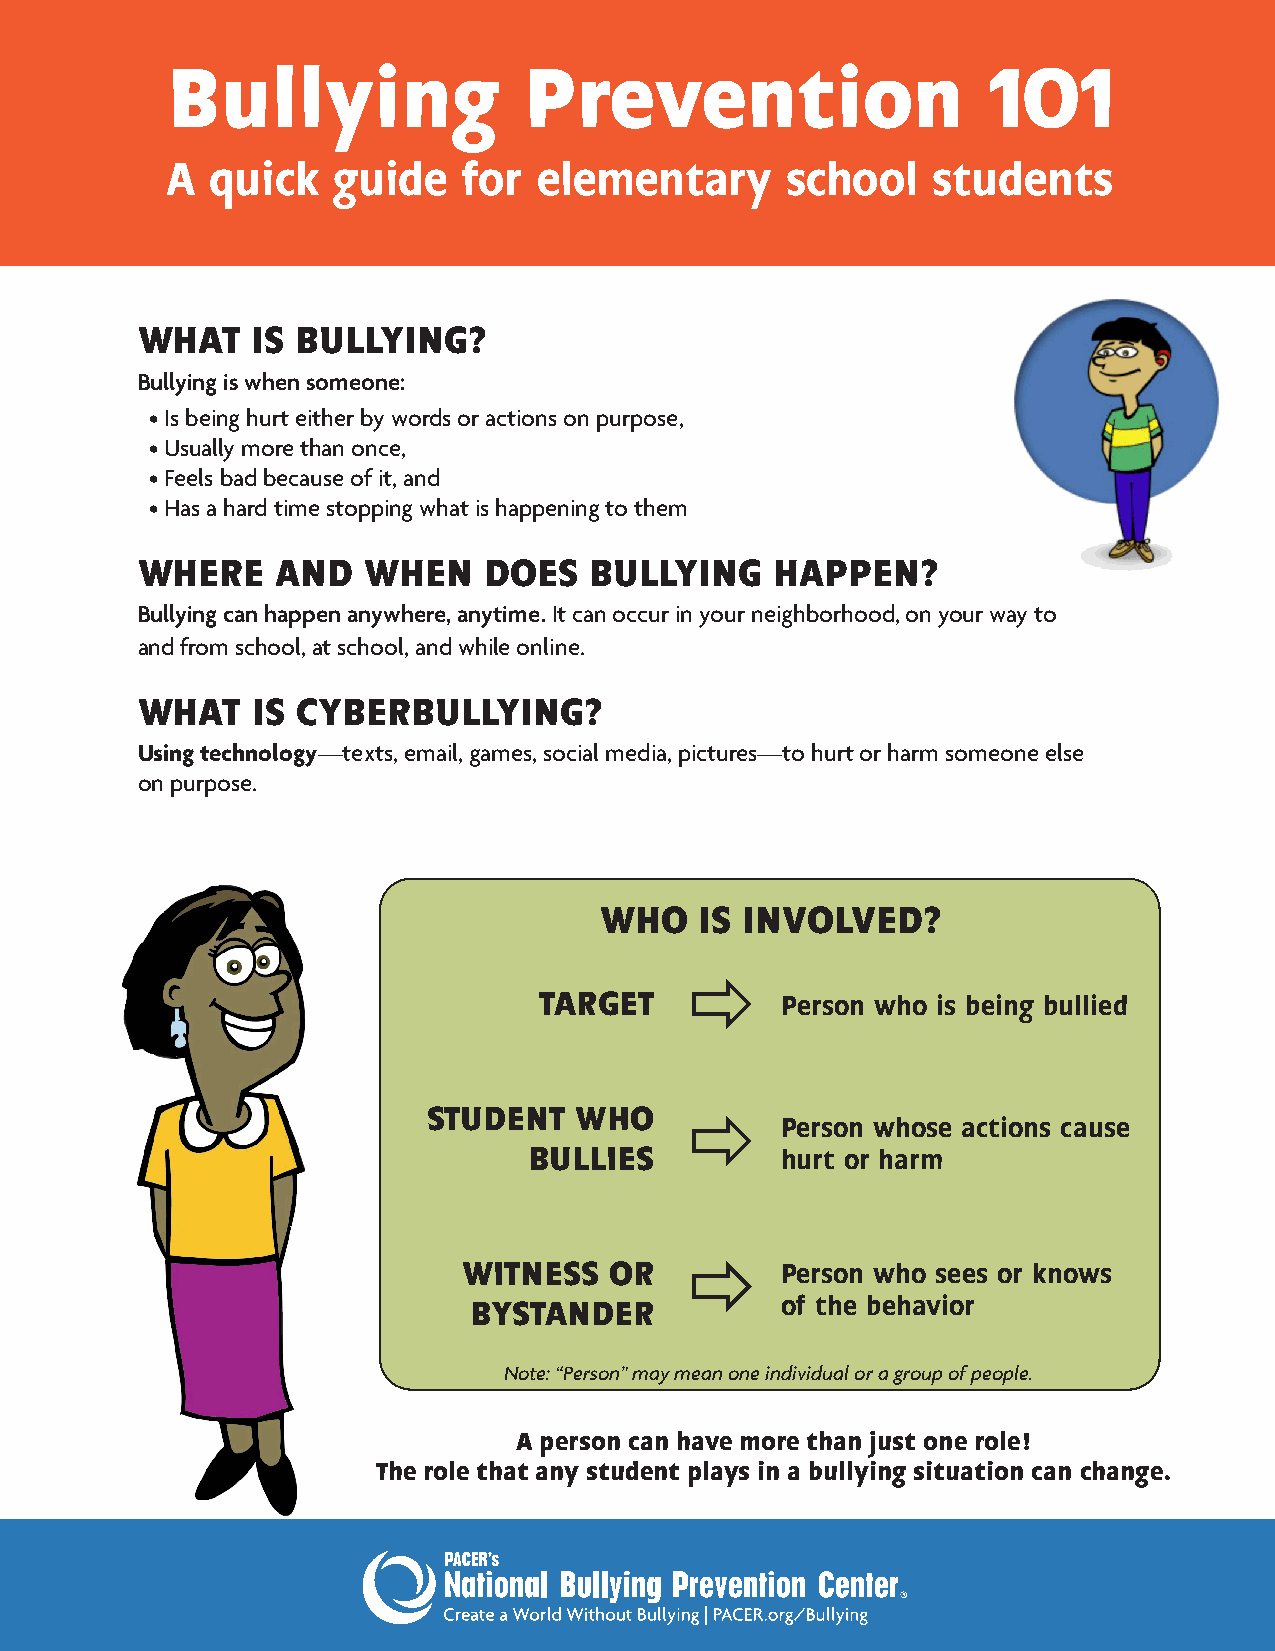
Bullying                Prevention                    101
 A  quick   guide    for  elementary      school    students
 WHAT    IS BULLYING?
 Bullying is when someone:
 • Is being hurt either by words or actions on purpose,
 • Usually more than once,
 • Feels bad because of it, and
 • Has a hard time stopping what is happening to them
 WHERE    AND   WHEN    DOES   BULLYING    HAPPEN?
 Bullying can happen anywhere, anytime. It can occur in your neighborhood, on your way to
 and from school, at school, and while online.
 WHAT    IS CYBERBULLYING?
 Using technology—texts, email, games, social media, pictures—to hurt or harm someone else
 on purpose.
 WHO   IS INVOLVED?
 
 TARGET          Person who is being bullied
 STUDENT   WHO    
 Person whose actions cause
 BULLIES          hurt or harm
 
 WITNESS  OR          Person who sees or knows
 BYSTANDER            of the behavior
 Note: “Person” may mean one individual or a group of people.
 A person can have more than just one role!
 The role that any student plays in a bullying situation can change.